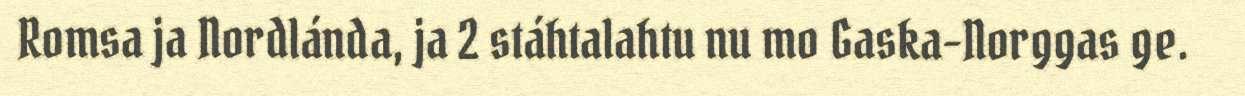
Romsa ja Nordlánda, ja 2 stáhtalahtu nu mo Gaska-Norggas ge.